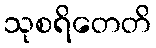
သုစရိတေတိ